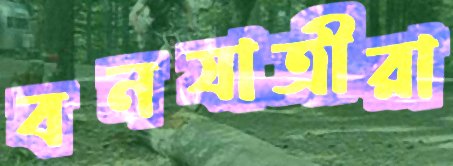
বনযাত্রীরা